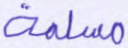
مسلمة